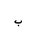
Letter: _ba